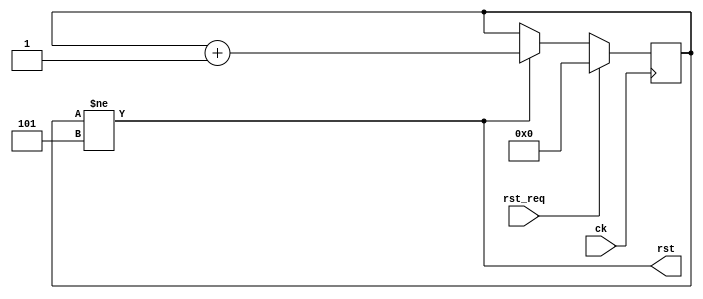

module reset(
    input wire ck, 
    input wire rst_req,
    output wire rst
);

    parameter LENGTH = 5;

    localparam W = $clog2(LENGTH);

    // Reset generator
    reg [W:0] rst_reg = 0;

    always @(posedge ck) begin
        if (rst_req) begin
            rst_reg <= 0;
        end else begin
            if (rst_reg != LENGTH) begin
                rst_reg <= rst_reg + 1;;
            end
        end
    end

    assign rst = rst_reg != LENGTH;

endmodule